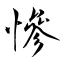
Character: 慘